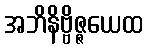
အဘိနိဗ္ဗိဇ္ဇယေထ